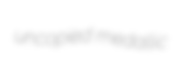
uncopied medallic